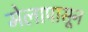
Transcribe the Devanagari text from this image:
मेलापासून